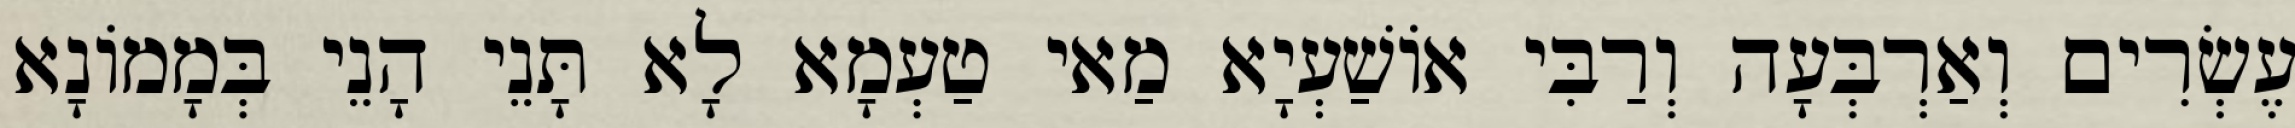
עֶשְׂרִים וְאַרְבְּעָה וְרַבִּי אוֹשַׁעְיָא מַאי טַעְמָא לָא תָּנֵי הָנֵי בְּמָמוֹנָא